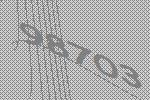
98703